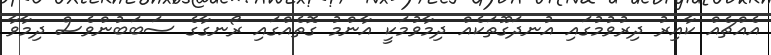
އެއްޗެއް ކާއިރު ދިރުވުމުގައި އުނދަގޫތަކެއް ދިމާވުމަކީ އާންމު ގޮތެއްގައި ރޯނގާގެ ސަބަބުންވެސް ދިމާވާ